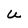
Character: U